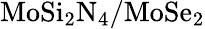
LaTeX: \mathrm{MoSi_{2}N_{4}/MoSe_{2}}